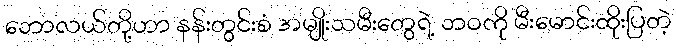
ဘောလယ်တို့ဟာ နန်းတွင်းစံ အမျိုးသမီးတွေရဲ့ ဘဝကို မီးမောင်းထိုးပြတဲ့